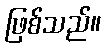
ဖြစ်သည်။